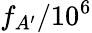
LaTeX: f_{A^{\prime}}/10^{6}